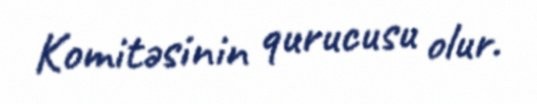
Komitəsinin qurucusu olur.